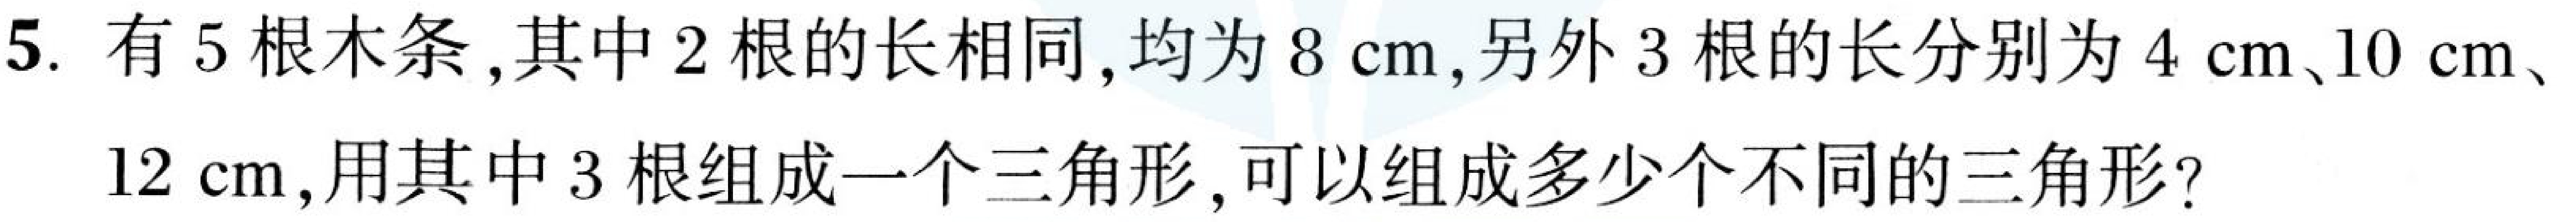
5. 有\(5\)根木条，其中\(2\)根的长相同，均为\(8\mathrm{cm}\)，另外\(3\)根的长分别为\(4\mathrm{cm}\)、\(10\mathrm{cm}\)、
\(12\mathrm{cm}\)，用其中\(3\)根组成一个三角形，可以组成多少个不同的三角形？